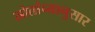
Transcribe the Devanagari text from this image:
स्रोतांच्‍यानुसार